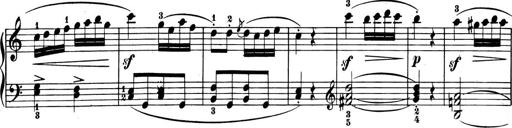
Title: 6 Piano Sonatinas
Composer: Cornelius Gurlitt